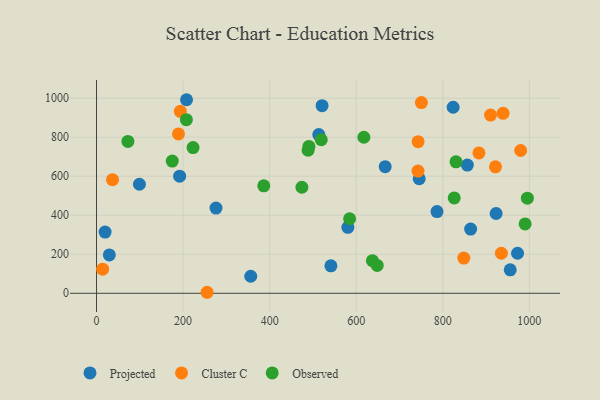
{"axis": {"x": "Study Hours", "y": "Profit"}, "legend": ["Cluster C", "Observed", "Projected"], "data": [{"x": "955.8", "y": 120.0, "type": "Projected"}, {"x": "745.5", "y": 587.1, "type": "Projected"}, {"x": "208.0", "y": 992.0, "type": "Projected"}, {"x": "923.2", "y": 408.9, "type": "Projected"}, {"x": "513.5", "y": 813.5, "type": "Projected"}, {"x": "786.6", "y": 418.9, "type": "Projected"}, {"x": "666.9", "y": 649.0, "type": "Projected"}, {"x": "19.8", "y": 313.9, "type": "Projected"}, {"x": "521.1", "y": 961.6, "type": "Projected"}, {"x": "541.5", "y": 140.9, "type": "Projected"}, {"x": "356.3", "y": 87.3, "type": "Projected"}, {"x": "29.6", "y": 196.6, "type": "Projected"}, {"x": "192.0", "y": 600.2, "type": "Projected"}, {"x": "99.1", "y": 558.8, "type": "Projected"}, {"x": "972.7", "y": 205.3, "type": "Projected"}, {"x": "864.3", "y": 329.3, "type": "Projected"}, {"x": "823.9", "y": 953.5, "type": "Projected"}, {"x": "276.0", "y": 436.6, "type": "Projected"}, {"x": "856.7", "y": 656.9, "type": "Projected"}, {"x": "580.7", "y": 338.3, "type": "Projected"}, {"x": "883.5", "y": 719.4, "type": "Cluster C"}, {"x": "935.3", "y": 205.2, "type": "Cluster C"}, {"x": "939.3", "y": 922.2, "type": "Cluster C"}, {"x": "189.3", "y": 816.8, "type": "Cluster C"}, {"x": "979.9", "y": 731.7, "type": "Cluster C"}, {"x": "255.5", "y": 5.2, "type": "Cluster C"}, {"x": "37.0", "y": 582.4, "type": "Cluster C"}, {"x": "921.7", "y": 648.3, "type": "Cluster C"}, {"x": "14.1", "y": 123.7, "type": "Cluster C"}, {"x": "742.9", "y": 776.8, "type": "Cluster C"}, {"x": "193.5", "y": 932.3, "type": "Cluster C"}, {"x": "742.7", "y": 626.3, "type": "Cluster C"}, {"x": "910.3", "y": 913.1, "type": "Cluster C"}, {"x": "750.6", "y": 977.2, "type": "Cluster C"}, {"x": "848.6", "y": 180.6, "type": "Cluster C"}, {"x": "175.0", "y": 677.6, "type": "Observed"}, {"x": "995.4", "y": 487.4, "type": "Observed"}, {"x": "519.2", "y": 787.4, "type": "Observed"}, {"x": "488.8", "y": 733.1, "type": "Observed"}, {"x": "490.6", "y": 752.5, "type": "Observed"}, {"x": "584.7", "y": 381.9, "type": "Observed"}, {"x": "830.5", "y": 673.8, "type": "Observed"}, {"x": "826.4", "y": 488.8, "type": "Observed"}, {"x": "990.2", "y": 355.5, "type": "Observed"}, {"x": "223.0", "y": 746.9, "type": "Observed"}, {"x": "474.5", "y": 543.4, "type": "Observed"}, {"x": "207.6", "y": 890.0, "type": "Observed"}, {"x": "637.4", "y": 167.0, "type": "Observed"}, {"x": "648.5", "y": 142.7, "type": "Observed"}, {"x": "617.7", "y": 799.6, "type": "Observed"}, {"x": "72.5", "y": 778.1, "type": "Observed"}, {"x": "386.4", "y": 550.8, "type": "Observed"}]}